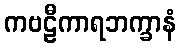
ကဗဠီကာရဘက္ခာနံ